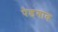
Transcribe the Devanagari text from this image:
पेडगाव